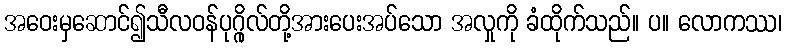
အဝေးမှဆောင်၍သီလဝန်ပုဂ္ဂိုလ်တို့အားပေးအပ်သော အလှုကို ခံထိုက်သည်။ ပ။ လောကဿ၊